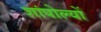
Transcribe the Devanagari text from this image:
शांपोल्यों